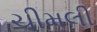
ચીમલી